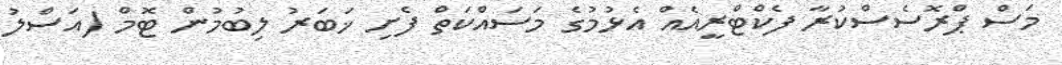
މަސް ޕްރޮސެސްކުރާ ފެކްޓްރީއެއް އެޅުމުގެ މަސައްކަތް ފެށި ޚަބަރު ލިބުމުން ޓޮމް (އަސްލު